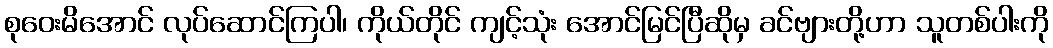
စုဝေးမိအောင် လုပ်ဆောင်ကြပါ၊ ကိုယ်တိုင် ကျင့်သုံး အောင်မြင်ပြီဆိုမှ ခင်ဗျားတို့ဟာ သူတစ်ပါးကို